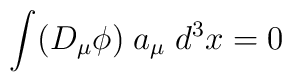
\int (D_{\mu}\phi)\;a_{\mu}\;d^{3}x=0